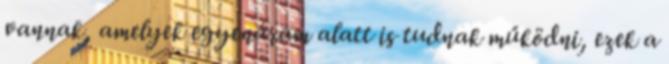
vannak, amelyek egyenáram alatt is tudnak működni, ezek a